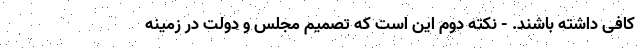
کافی داشته باشند. - نکته دوم این است که تصمیم مجلس و دولت در زمینه